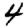
Digit: 4